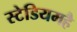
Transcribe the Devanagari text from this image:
स्टेडियमहै